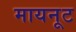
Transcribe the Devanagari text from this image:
मायनूट